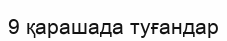
9 қарашада туғандар